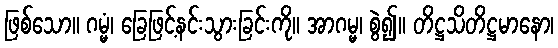
ဖြစ်သော။ ဂမ္မံ၊ ခြေဖြင့်နင်းသွားခြင်းကို။ အာဂမ္မ၊ စွဲ၍။ တိဋ္ဌသိတိဋ္ဌမာနော၊